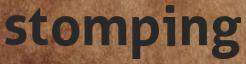
stomping